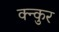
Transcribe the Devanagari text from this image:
क्न्कुर